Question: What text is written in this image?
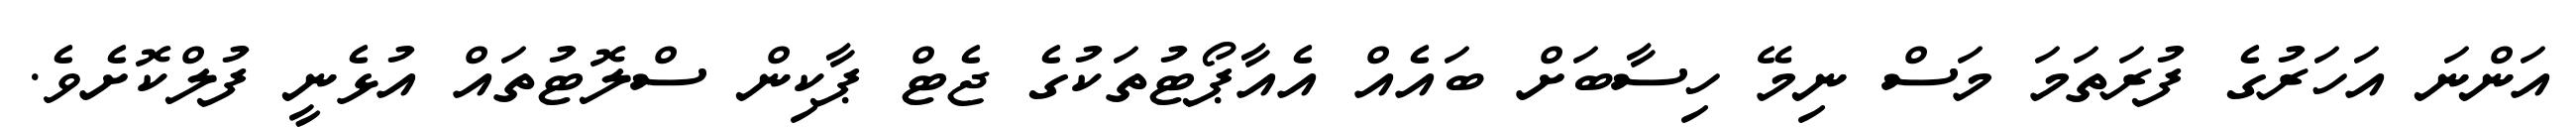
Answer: އަންނަ އަހަރުގެ ފުރަތަމަ މަސް ނިމޭ ހިސާބަށް ބައެއް އެއާޕޯޓުތަކުގެ ޖެޓް ޕާކިން ސްލޮޓުތައް އުޅެނީ ފުލްކޮށެވެ.